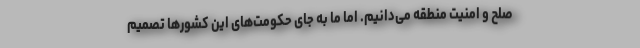
صلح و امنیت منطقه می‌دانیم. اما ما به جای حکومت‌های این کشورها تصمیم